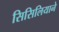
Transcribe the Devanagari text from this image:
सिसिलियाने